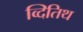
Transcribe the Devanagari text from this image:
व्दितिथ